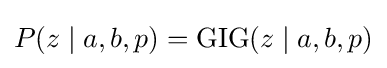
P(z\mid a,b,p)=\operatorname {GIG} (z\mid a,b,p)